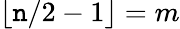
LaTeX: \lfloor\mathtt{n}/2-1\rfloor=m